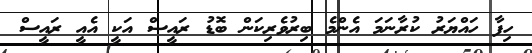
ހިފާ ހައްޔަރު ކުރާނަމަ އެންމެ ބިރުވެރިކަން ބޮޑު ރައީސް އަކީ އެއީ ރައީސް